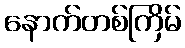
နောက်တစ်ကြိမ်